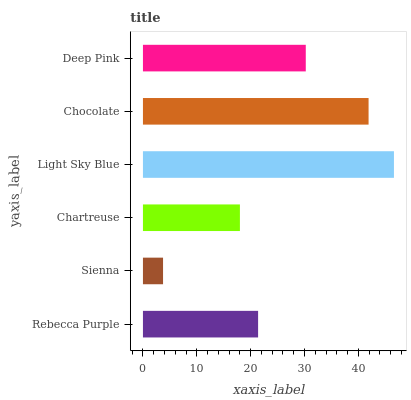
| yaxis_label | bars |
 | --- | --- |
 | Rebecca Purple | 21.4 |
 | Sienna | 3.73 |
 | Chartreuse | 18 |
 | Light Sky Blue | 46.6 |
 | Chocolate | 41.9 |
 | Deep Pink | 30.2 |